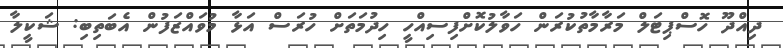
ދިއްދޫ ހޮސްޕިޓަލް މަރާމާތުކުރަން ހަވާލުކޮށްފިސިއްހީ ހިދުމަތަށް ހުރަސް އަޅާ މުވައްޒަފުން އެބަތިބި: ޝަކީލާ